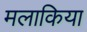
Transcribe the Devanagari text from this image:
मलाकिया